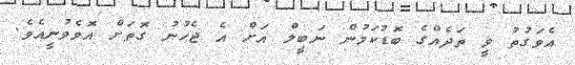
އެވަގުތު ވީ ތަދެއްގެ ބޮޑުކަމުން ނަބީލް އަށް އެ ޖެހުނު ގޮތަށް އޮވެވުނީއެވެ.